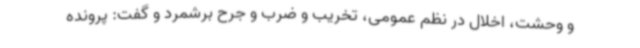
و وحشت، اخلال در نظم عمومی، تخریب و ضرب و جرح برشمرد و گفت: پرونده